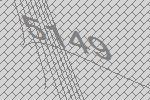
5149